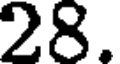
28.